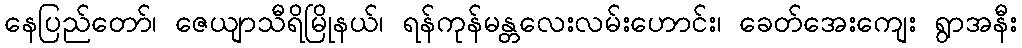
နေပြည်တော်၊ ဇေယျာသီရိမြိုနယ်၊ ရန်ကုန်မန္တလေးလမ်းဟောင်း၊ ခေတ်အေးကျေး ရွာအနီး